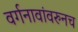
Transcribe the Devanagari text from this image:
वर्गनावांवरुनच